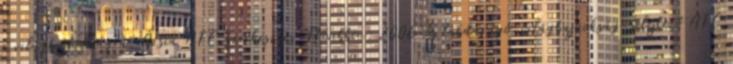
a világbajnokságra. Ázsia AFC szerkesztés Bővebben: 2006-os labdarúgó-világbajnokság-selejtező AFC